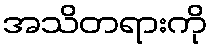
အသိတရားကို